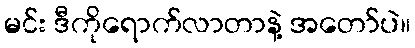
မင်း ဒီကိုရောက်လာတာနဲ့ အတော်ပဲ။